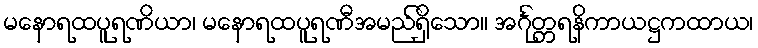
မနောရထပူရဏိယာ၊ မနောရထပူရဏီအမည်ရှိသော။ အင်္ဂုတ္တရနိကာယဋ္ဌကထာယ၊